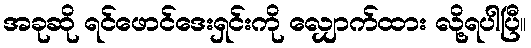
အခုဆို ရင်ဖောင်ဒေးရှင်းကို လျှောက်ထား လို့ရပါပြီ။